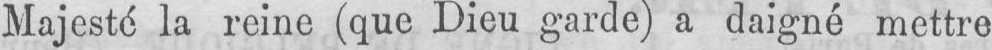
Majesté la reine (que Dieu garde) a daigné mettre